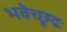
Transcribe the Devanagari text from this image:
भवेच्छूद्रः